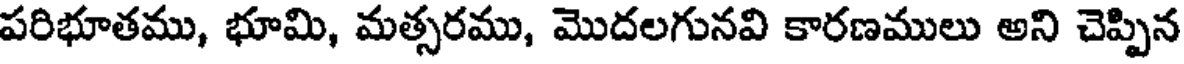
పరిభూతము, భూమి, మత్సరము, మొదలగునవి కారణములు అని చెప్పిన